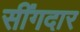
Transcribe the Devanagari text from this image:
सींगदार